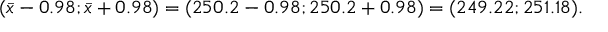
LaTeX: ( { \bar { x } } - 0 . 9 8 ; { \bar { x } } + 0 . 9 8 ) = ( 2 5 0 . 2 - 0 . 9 8 ; 2 5 0 . 2 + 0 . 9 8 ) = ( 2 4 9 . 2 2 ; 2 5 1 . 1 8 ) .